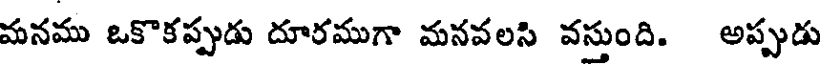
మనము ఒకొకప్పుడు దూరముగా మనవలసి వస్తుంది. అప్పుడు